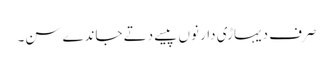
صرف دیہاڑی دار نوں پیسے دتے جاندے سن۔